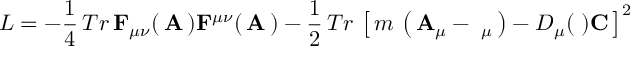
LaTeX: L = - { \frac { 1 } { 4 } } \, T r \, { \bf F } _ { \mu \nu } ( \, { \bf A } \, ) { \bf F } ^ { \mu \nu } ( \, { \bf A } \, ) - { \frac { 1 } { 2 } } \, T r \, \left[ \, m \, \left( \, { \bf A } _ { \mu } - { \bf \Phi } _ { \mu } \, \right) - D _ { \mu } ( { \bf \Phi } ) { \bf C } \, \right] ^ { 2 }